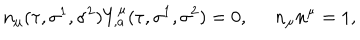
LaTeX: n _ { \mu } ( \tau , \sigma ^ { 1 } , \sigma ^ { 2 } ) Y _ { , a } ^ { \mu } ( \tau , \sigma ^ { 1 } , \sigma ^ { 2 } ) = 0 , \; \; n _ { \mu } n ^ { \mu } = 1 ,